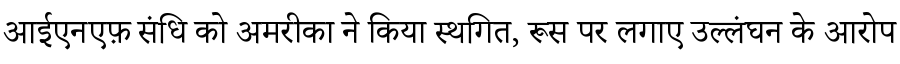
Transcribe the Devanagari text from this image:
आईएनएफ़ संधि को अमरीका ने किया स्थगित, रूस पर लगाए उल्लंघन के आरोप